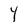
Character: Y